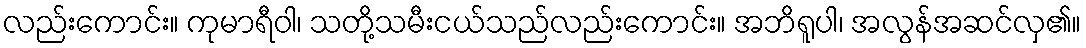
လည်းကောင်း။ ကုမာရီဝါ၊ သတို့သမီးငယ်သည်လည်းကောင်း။ အဘိရူပါ၊ အလွန်အဆင်လှ၏။